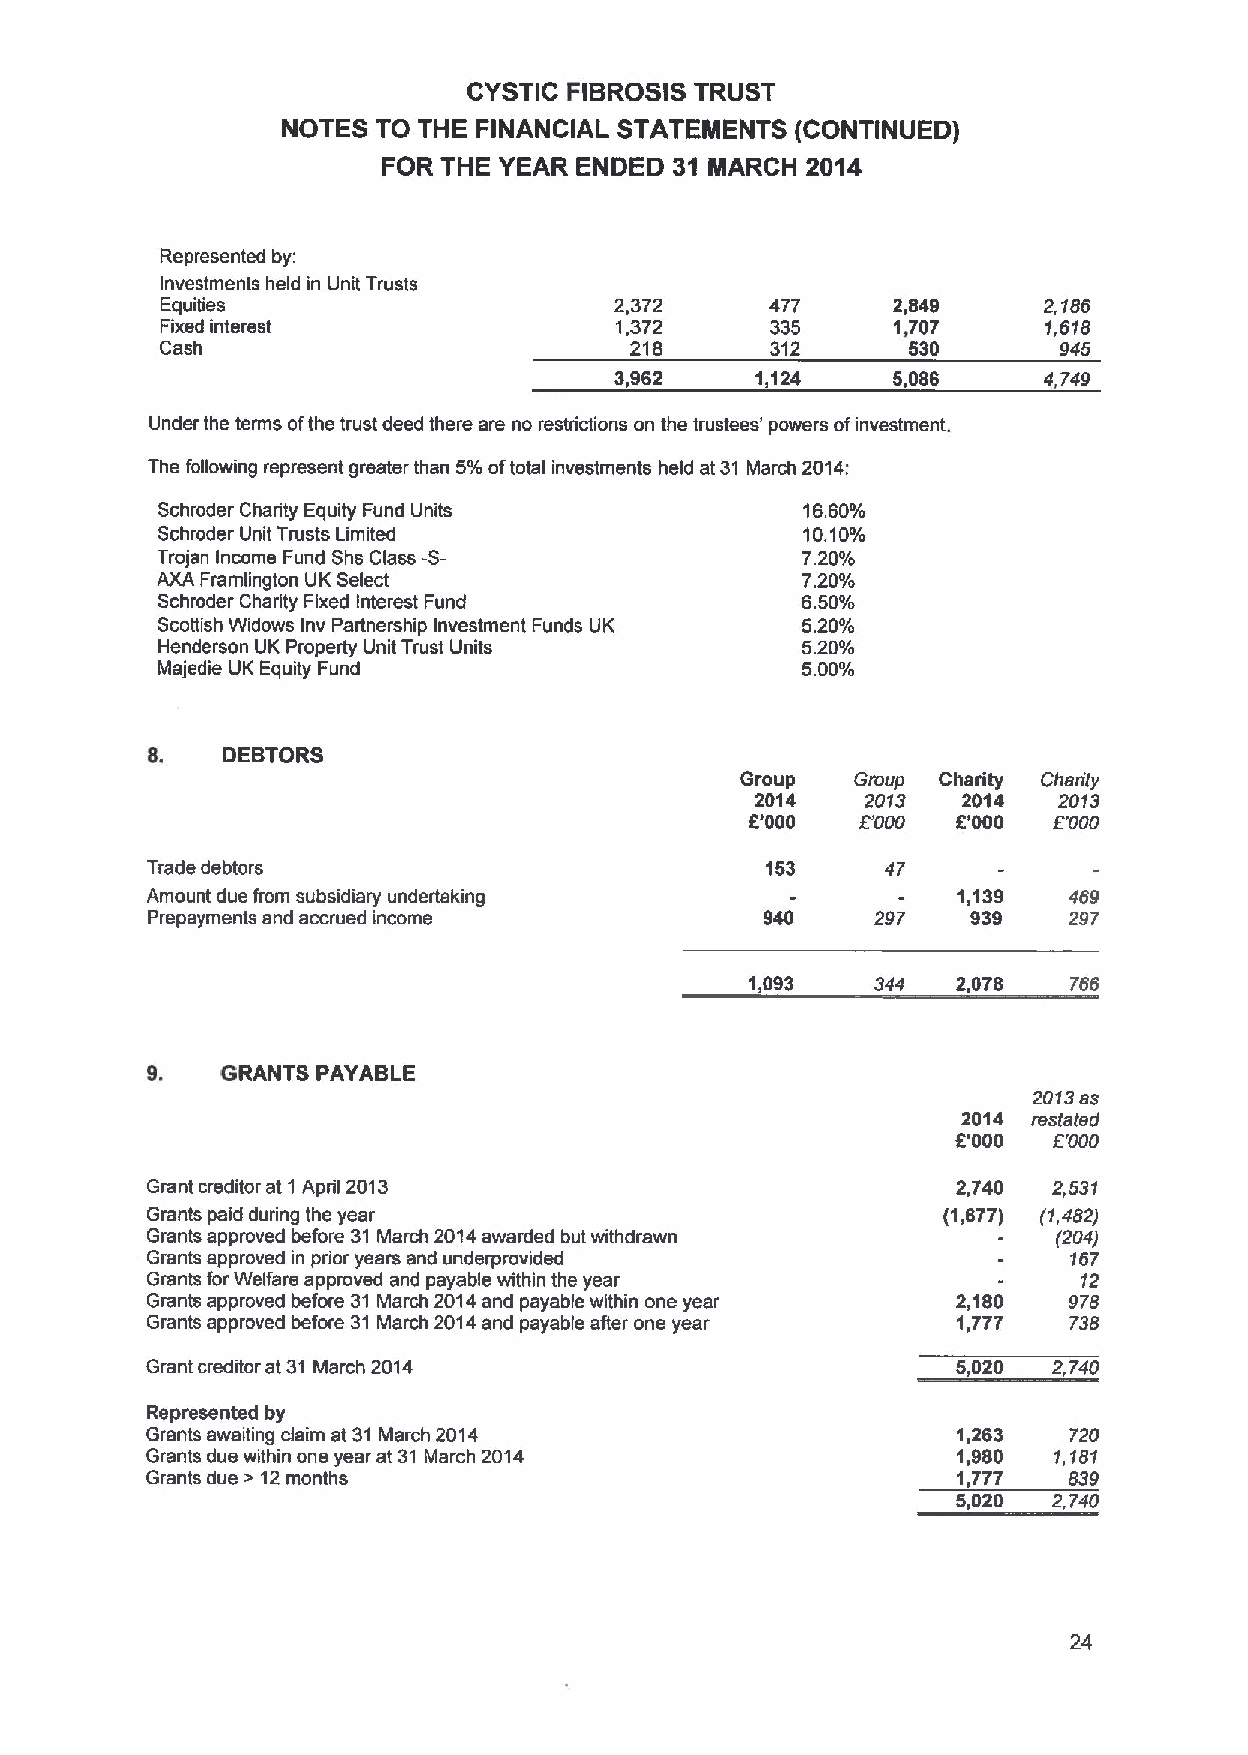
CYSTIC FIBROSIS TRUST
 NOTES TO THE FINANCIAL STATEMENTS (CONTINUED)
 FOR THE YEAR ENDED  31 MARCH 2014
 Represented by:
 Investments held in Unit Trusts
 Equities                      2,372     477     2,849     2,186
 Fixed interest                1,372     335     1,707     1,618
 Cash                           218      312      530       945
 3,962    1,124    5,086     4,749
 Under the terms ofthe trust deed there are no restrictions on the trustees' powers ofinvestment.
 The following represent greater than 5%oftotal investments held at 31 March 2014:
 Schroder Charity Equity Fund Units         16.60%
 Schroder Unit Trusts Limited               10.10%
 Trojan Income Fund Shs Class -S-           7.20%
 AXA Framlington UK Select                  7.20%
 Schroder Charity Fixed Interest Fund       6.50%
 Scottish Widows Inv Partnership Investment Funds UK 5.20%
 Henderson UK Property Unit Trust Units     520%
 Majedie UK Equity Fund                     5.00%
 8.   DEBTORS
 Group   Group Charity Chanly
 2014   2013   2014  2013
 6'000  E'000 6'000  E'000
 Trade debtors                            153     47
 Amount due from subsidiary undertaking               1,139   469
 Prepayments and accrued income           940    297   939    297
 1,093   344  2,078   766
 g.   GRANTS PAYABLE
 2013as
 2014 restated
 6'000  E'000
 Grant creditor at 1 April 2013                       2,740  2,531
 Grants paid during the year                         (1,677) (1,482j
 Grants approved before 31 March 2014awarded but withdrawn   (204)
 Grants approved in pdor years and underprovided              167
 Grants forWelfare approved and payable within the year        12
 Grants approved before 31 March 2014and payable within one year 2,180 978
 Grants approved before 31 March 2014and payable after one year 1,777 738
 Grant creditor at 31March 2014                       5,020  2,740
 Represented by
 Grants awaiting daim at 31March 2014                 1,263   720
 Grants due within one year at 31 March 2014          1,980  1,181
 Grants due & 12months                                1,777   839
 5,020  2,740
 24